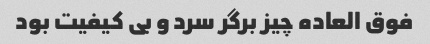
فوق العاده چیز برگر سرد و بی کیفیت بود